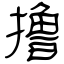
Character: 撸